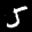
Label: 5